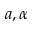
a , \alpha